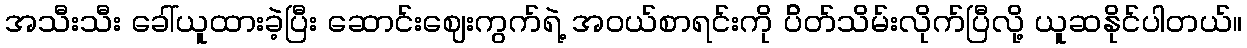
အသီးသီး ခေါ်ယူထားခဲ့ပြီး ဆောင်းဈေးကွက်ရဲ့ အဝယ်စာရင်းကို ပ်ိတ်သိမ်းလိုက်ပြီလို့ ယူဆနိုင်ပါတယ်။